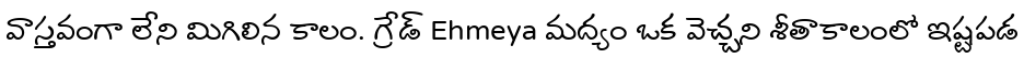
వాస్తవంగా లేని మిగిలిన కాలం. గ్రేడ్ Ehmeya మద్యం ఒక వెచ్చని శీతాకాలంలో ఇష్టపడ